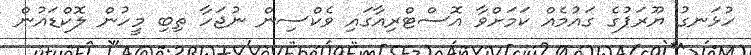
ހުޅަނގު ޔޫރަޕުގެ ގައުމެއް ކަމަށްވާ އޮސްޓްރިއާގައި ވެކްސިން ނުޖަހާ ތިބި މީހުން ލޮކްޑައުން